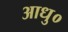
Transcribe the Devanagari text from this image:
आधु०